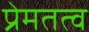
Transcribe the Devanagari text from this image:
प्रेमतत्व